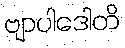
ဗျာပါဒေါတိ